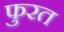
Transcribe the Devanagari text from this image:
फुरत